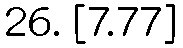
26. [7.77]